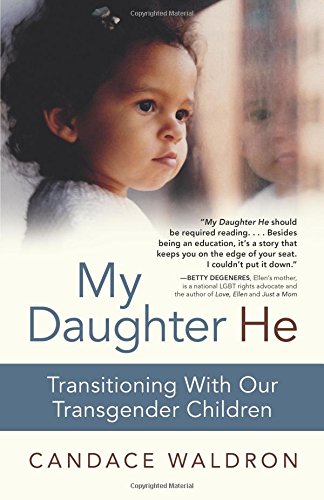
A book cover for My Daughter He: Transitioning With Our Transgender Children; Candace Waldron; Gay & Lesbian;